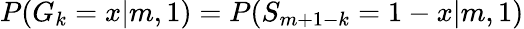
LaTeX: P(G_{k}=x|m,1)=P(S_{m+1-k}=1-x|m,1)